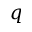
\boldsymbol { q }